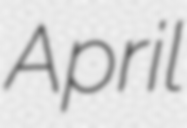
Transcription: April